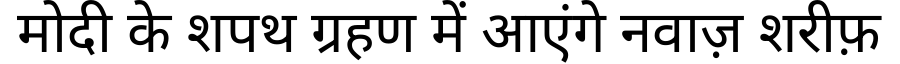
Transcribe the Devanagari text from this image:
मोदी के शपथ ग्रहण में आएंगे नवाज़ शरीफ़